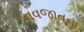
નવજાતના